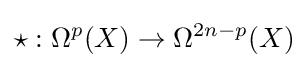
\star :\Omega ^{p}(X)\to \Omega ^{2n-p}(X)